Lunatic asylums in Bengal annual reports 1888-1898 - 1888-1898
Year: 1888
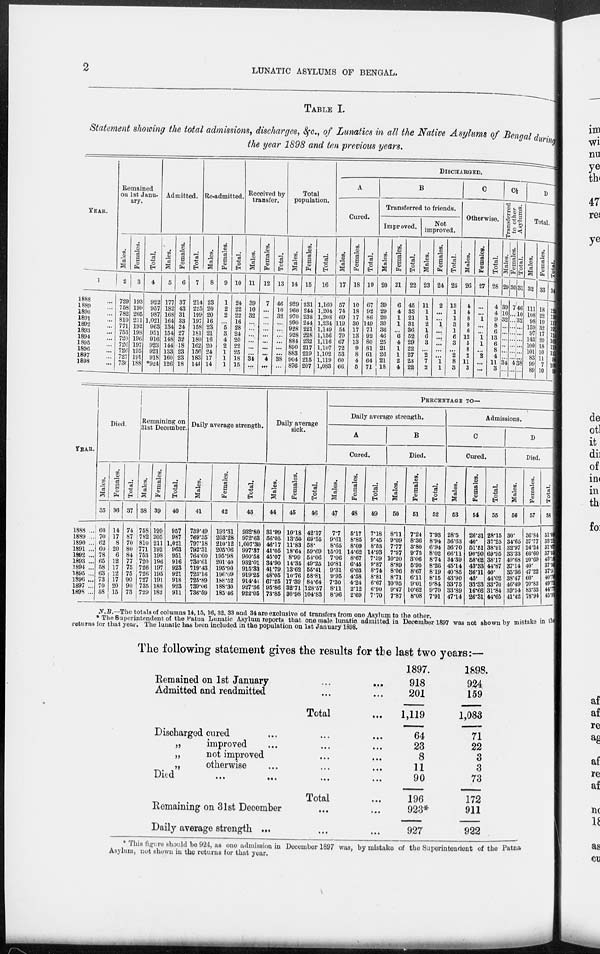
2
LUNATIC ASYLUMS OF BENGAL.
TABLE I.
Statement showing the total admissions, discharges, &c., of Lunatics in all the Native Asylums of Bengal during
the year 1898 and ten previous years.
YEAR.
1
1888 ...
1889 ...
1890 ...
1891 ...
1892 ...
1893 ...
1894 ...
1895 ...
1896 ...
1897 ...
1898 ...
Remained
on 1st Janu-
ary.
Males.
2
729
758
782
810
771
753
720
726
726
727
736
Females.
3
193
199
205
211
192
198
196
197
195
191
188
Total.
4
922
957
987
1,021
963
951
916
923
921
918
*924
Admitted.
Males.
5
177
182
168
164
134
154
148
144
133
160
126
Females.
6
37
43
31
33
24
27
32
18
23
23
18
Total.
7
214
225
199
197
158
181
180
162
156
183
144
Re-admitted.
Males.
8
23
20
20
16
23
21
16
20
24
17
14
Females.
9
1
2
2
...
5
3
4
2
1
1
1
Total.
10
24
22
22
16
28
24
20
22
25
18
15
Received by
transfer.
Males.
11
39
10
32
...
...
...
...
...
...
34
...
Females.
12
7
...
...
...
...
...
...
...
...
4
...
Total.
13
46
10
32
...
...
...
...
...
...
38
...
Total
population.
Males.
14
929
960
970
990
928
928
884
890
883
904
876
Females.
15
231
244
238
244
221
228
232
217
219
215
207
Total.
16
1,160
1,204
1,208
1,234
1,149
1,156
1,116
1,107
1,102
1,119
1,083
DISCHARGED.
A
Cured.
Males.
17
57
74
69
119
54
79
67
72
53
60
66
Females.
18
10
18
17
30
17
13
13
9
8
4
5
Total.
19
67
92
86
149
71
92
80
81
61
64
71
B
Transferred to friends.
Improved.
Males.
20
39
29
20
30
36
46
25
21
26
21
18
Females.
21
6
4
1
1
...
6
4
1
1
2
4
Total.
22
45
33
21
31
36
52
29
22
27
23
22
Not
improved.
Males.
23
11
1
1
2
1
6
3
...
2
7
2
Females.
24
2
...
...
1
...
...
...
...
...
1
1
Total.
25
13
1
1
3
1
6
3
...
2
8
3
C
Otherwise.
Males.
26
4
4
8
8
6
12
5
8
2
11
3
Females.
27
...
...
1
...
...
1
1
...
2
...
...
Total.
28
4
4
9
8
6
13
6
8
4
11
3
C½
Transferred,
to other
Asylums.
Males.
29
39
10
32
...
...
...
...
...
...
34
...
Females.
30
7
...
...
...
...
...
...
...
... 4
...
Total.
31
46
10
32
...
...
...
...
...
... 38
...
D
Total
Males.
32
111
108
98
159
97
143
100
101
83
99
89
Females.
33
18
22
19
32
17
20
18
10
11
7
10
Total.
34
12
13
11
117
191 114
161
118
9
10
9
YEAR.
1888 ...
1889 ...
1890 ...
1891 ...
1892 ...
1893 ...
1894 ...
1895 ...
1896 ...
1897 ...
1898 ...
Died.
Males.
35
60
70
62
60
78
65
58
63
73
70
58
Females.
36
14
17
8
20
6
12
17
12
17
20
15
Total.
37
74
87
70
80
84
77
75
75
90
90
73
Remaining on
31st December.
Males.
38
758
782
810
771
753
720
726
726
727
735
729
Females.
39
199
205
211
192
198
196
197
195
191
188
182
Total.
40
957
987
1,021
963
951
916
923
921
918
923
911
Daily average strength.
Males.
41
739.49
769.35
797.18
792.31
764.60
730.61
719.43
723.16
725.89
739.06
736.59
Females.
42
193.31
203.28
210.12
205.06
195.98
201.40
195.90
196.09
188.52
188.30
185.46
Total.
43
932.80
972.63
1,007.30
997.37
960.58
932.01
915.33
919.25
914.41
927.36
922.05
Daily average
sick.
Males.
44
31.99
56.05
46.17
41.05
45.07
34.90
41.79
48.05
67.25
95.86
73.85
Females.
45
10.18
13.50
11.83
18.64
8.99
14.35
13.62
10.76
17.39
32.71
30.98
Total.
46
42.17
69.55
58.
59.69
54.06
49.25
55.41
58.81
84.64
128.57
104.83
PERCENTAGE TO—
Daily average strength.
A
Cured.
Males.
47
7.7
9.61
8.65
15.01
7.06
10.81
9.31
9.95
7.30
8.11
8.96
Females.
48
5.17
8.85
8.09
14.62
8.67
6.45
6.63
4.58
4.24
2.12
2.69
Total.
49
7.18
9.45
8.53
14.93
7.39
9.87
8.74
8.81
6.67
6.90
7.70
B
Died.
Males.
50
8.11
9.09
7.77
7.57
10.20
8.89
8.06
8.71
10.05
9.47
7.87
Females.
51
7.24
8.36
3.80
9.75
3.06
5.95
8.67
6.11
9.01
10.62
8.08
Total.
52
7.93
8.94
6.94
8.02
8.74
8.26
8.19
8.15
9.84
9.70
7.91
Admissions.
C
Cured.
Males.
53
28.5
36.63
36.70
66.11
34.39
45.14
40.85
43.90
33.75
33.89
47.14
Females.
54
26.31
40.
51.51
90.90
58.62
43.33
36.11
45.
33.33
16.66
26.31
Total.
55
28.15
37.25
38.91
69.95
38.17
44.87
40.
44.02
33.70
31.84
44.65
D
Died.
Males.
56
30.
34.65
32.97
33.33
40.68
3714
35.36
38.47
46.49
39.54
41.42
Females.
57
36.84
37.77
24.24
60.60
20.69
40.
47.22
60.
70.83
83.33
78.94
Total.
58
31.09
35.2l
31.67
37.55
45.16
37.56
37.5
40.76
49.72
44.17
45.91
N.B.— The totals of columns 14,15, 16, 32, 33 and 34 are exclusive of transfers from one Asylum to the other.
* The Superintendent of the Patna Lunatic Asylum reports that one male lunatic admitted in December 1897 was not shown by mistake in the
returns for that year. The lunatic has been included in the population on 1st January 1898.
The following statement gives the results for the last two years:—
Remained on 1st January ... ...
Admitted and readmitted ... ...
Total ...
Discharged cured
...
...
...
„
improved ... ... ...
„
not improved ... ...
„
otherwise ... ... ...
Died
...
...
...
...
Total ...
Remaining on 31st December ... ...
Daily average strength ... ... ...
1897.
918
201
1,119
64
23
8
11
90
196
923*
927
1898.
924
159
1,083
71
22
3
3
73
172
911
922
* This figure should be 924, as one admission in December 1897 was, by mistake of the Superintendent of the Patna
Asylum, not shown in the returns for that year.